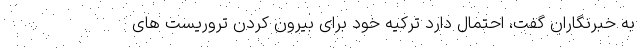
به خبرنگاران گفت، احتمال دارد ترکیه خود برای بیرون کردن تروریست های